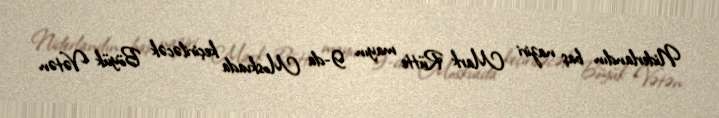
Niderlandın baş naziri Mark Rütte mayın 9-da Moskvada keçiriləcək Böyük Vətən